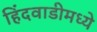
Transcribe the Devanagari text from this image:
हिंदवाडीमध्ये